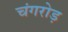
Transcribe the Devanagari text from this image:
चंगरोड़